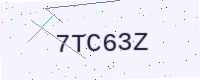
Text: 7TC63Z